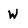
Character: w